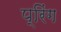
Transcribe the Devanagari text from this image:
प्रिंग